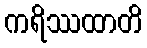
ကရိဿထာတိ